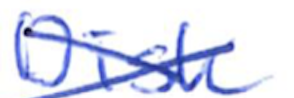
Text: Disk
Cross-out: mix
Writing tool: ballpoint